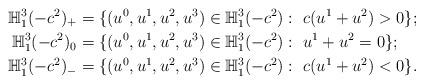
LaTeX: \begin{align*}\mathbb{H}^{3}_{1}(-c^2)_{+}&= \{(u^0,u^1,u^2,u^3)\in\mathbb{H}^{3}_1(-c^2): \ c(u^{1}+u^{2})>0\};\\\mathbb{H}^{3}_{1}(-c^2)_{0}&=\{(u^0,u^1,u^2,u^3)\in\mathbb{H}^{3}_1(-c^2): \ u^{1}+u^{2}=0\};\\\mathbb{H}^{3}_{1}(-c^2)_{-}&=\{(u^0,u^1,u^2,u^3)\in\mathbb{H}^{3}_1(-c^2): \ c(u^{1}+u^{2})<0\}.\end{align*}